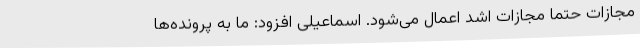
مجازات حتما مجازات اشد اعمال می‌شود. اسماعیلی افزود: ما به پرونده‌ها